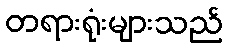
တရားရုံးများသည်